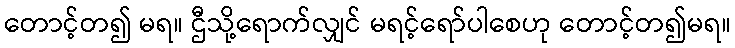
တောင့်တ၍ မရ။ ဌီသို့ရောက်လျှင် မရင့်ရော်ပါစေဟု တောင့်တ၍မရ။